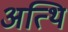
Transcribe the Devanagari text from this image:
अत्थि